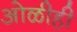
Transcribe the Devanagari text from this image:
ओळीही